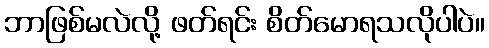
ဘာဖြစ်မလဲလို့ ဖတ်ရင်း စိတ်မောရသလိုပါပဲ။